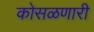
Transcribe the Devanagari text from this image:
कोसळणारी